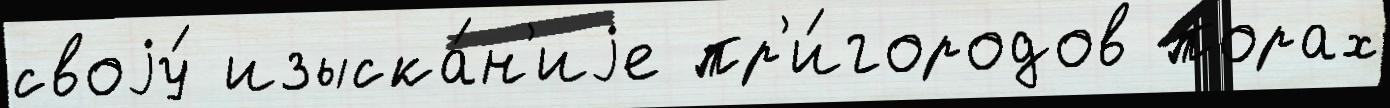
своjу́ изыска́н'иjе пр'и́городов порах